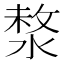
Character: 𣸗